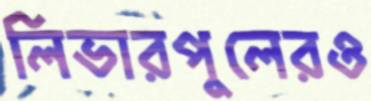
লিভারপুলেরও